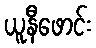
ယူနီဖောင်း